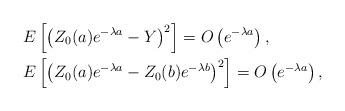
LaTeX: \begin{align*}&E\left[\left(Z_0(a)e^{-\lambda a}-Y\right)^2\right]=O\left(e^{-\lambda a}\right), \\&E\left[\left(Z_0(a)e^{-\lambda a}-Z_0(b)e^{-\lambda b}\right)^2\right]=O\left(e^{-\lambda a}\right),\end{align*}